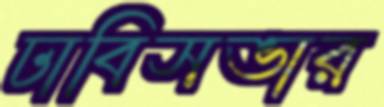
ঢাবিসভার